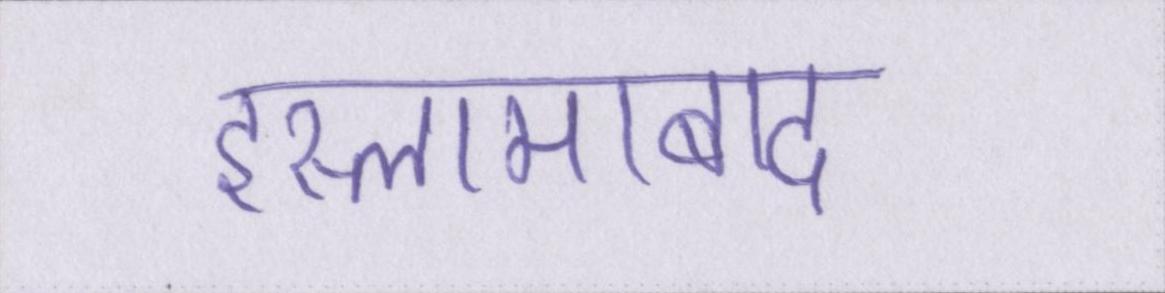
इस्लामाबाद